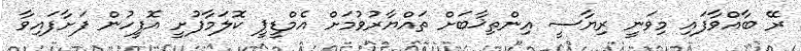
ރޭ ބާއްވާފައި މިވަނީ ރިޔާސީ އިންތިޚާބަށް ތައްޔާރުވުމަށް އެމްޑީޕީ ކޮލަމާފުށީ އޮފީހުން ފަށާފައިވާ